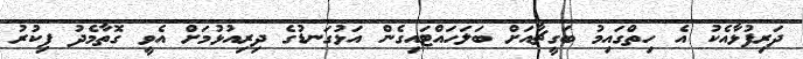
ދަރިފުޅާއެކު އެ ހިތްގައިމު ބަގީޗާއަށް ބަލަހައްޓައިގެން އަޅުގަނޑުގެ ދިރިއުޅުމަށް އެވީ ގޮތާމެދު ފިކުރު